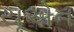
યૂએન